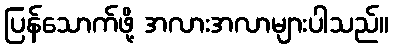
ပြန်သောက်ဖို့ အလားအလာများပါသည်။